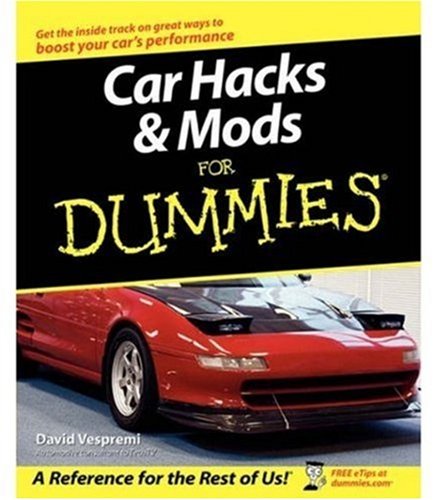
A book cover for Car Hacks & Mods For Dummies; David Vespremi; Engineering & Transportation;